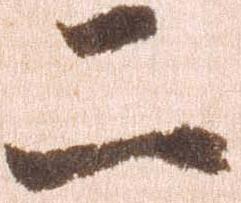
二